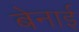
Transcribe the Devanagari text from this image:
बेनाई